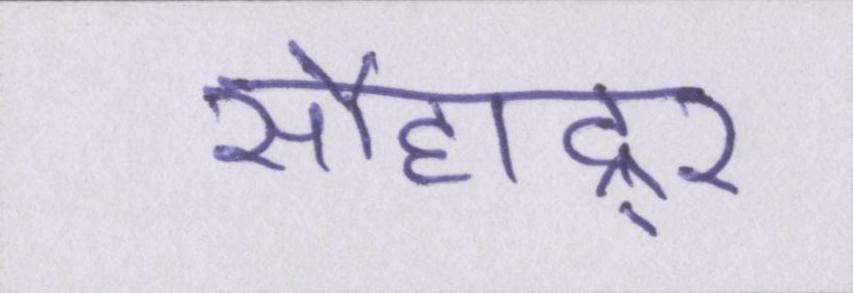
सौहाद्र्र